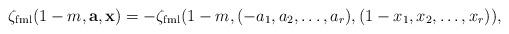
LaTeX: \begin{align*} \zeta_{\mathrm{fml}}(1-m,\mathbf a,\mathbf x)=-\zeta_{\mathrm{fml}}(1-m,(-a_1,a_2,\dots,a_r),(1-x_1,x_2,\dots,x_r)),\end{align*}